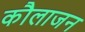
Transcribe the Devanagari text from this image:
कौलाजन